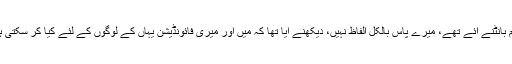
اس موقع پر میڈیا سے گفتگو کرتے ہوئے شاہد آفریدی نے کہا کہ وہ یہاں لوگوں کا غم بانٹنے آئے تھے، میرے پاس بالکل الفاظ نہیں، دیکھنے آیا تھا کہ میں اور میری فائونڈیشن یہاں کے لوگوں کے لئے کیا کر سکتی ہے، دعا ہے تعالیٰ دنیا سے جانے والوں کو جنت الفردوس میں اعلیٰ مقام نصیب کرے۔